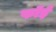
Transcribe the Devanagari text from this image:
फॉई